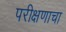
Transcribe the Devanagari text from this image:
परीक्षणाचा